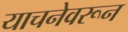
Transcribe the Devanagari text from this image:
याचनेवरून